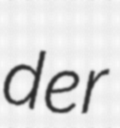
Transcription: der